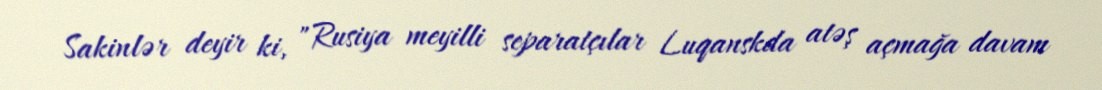
Sakinlər deyir ki, "Rusiya meyilli separatçılar Luqanskda atəş açmağa davam